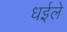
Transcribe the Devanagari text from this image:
धईले